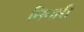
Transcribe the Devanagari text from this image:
निगारी